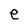
Character: e